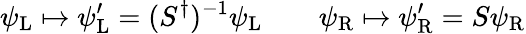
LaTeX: \psi_{\mathrm{{L}}}\mapsto\psi_{\mathrm{{L}}}^{\prime}=(S^{\dagger})^{-1}\psi_{\mathrm{{L}}}\qquad\psi_{\mathrm{{R}}}\mapsto\psi_{\mathrm{{R}}}^{\prime}=S\psi_{\mathrm{{R}}}